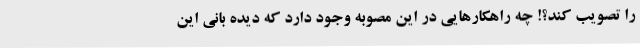
را تصویب کند؟! چه راهکارهایی در این مصوبه وجود دارد که دیده بانی این